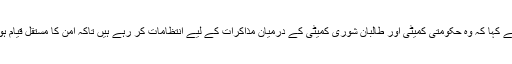
انھوں نے کہا کہ وہ حکومتی کمیٹی اور طالبان شوری کمیٹی کے درمیان مذاکرات کے لیے انتظامات کر رہے ہیں تاکہ امن کا مستقل قیام ہو سکے۔